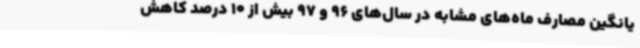
یانگین مصارف ماه‌های مشابه در سال‌های 96 و 97 بیش از 10 درصد کاهش